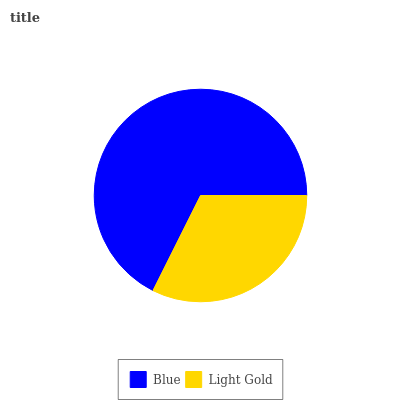
| Blue | Light Gold |
 | --- | --- |
 | 67.7% | 32.3% |